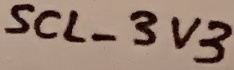
Text: SCL_3V3